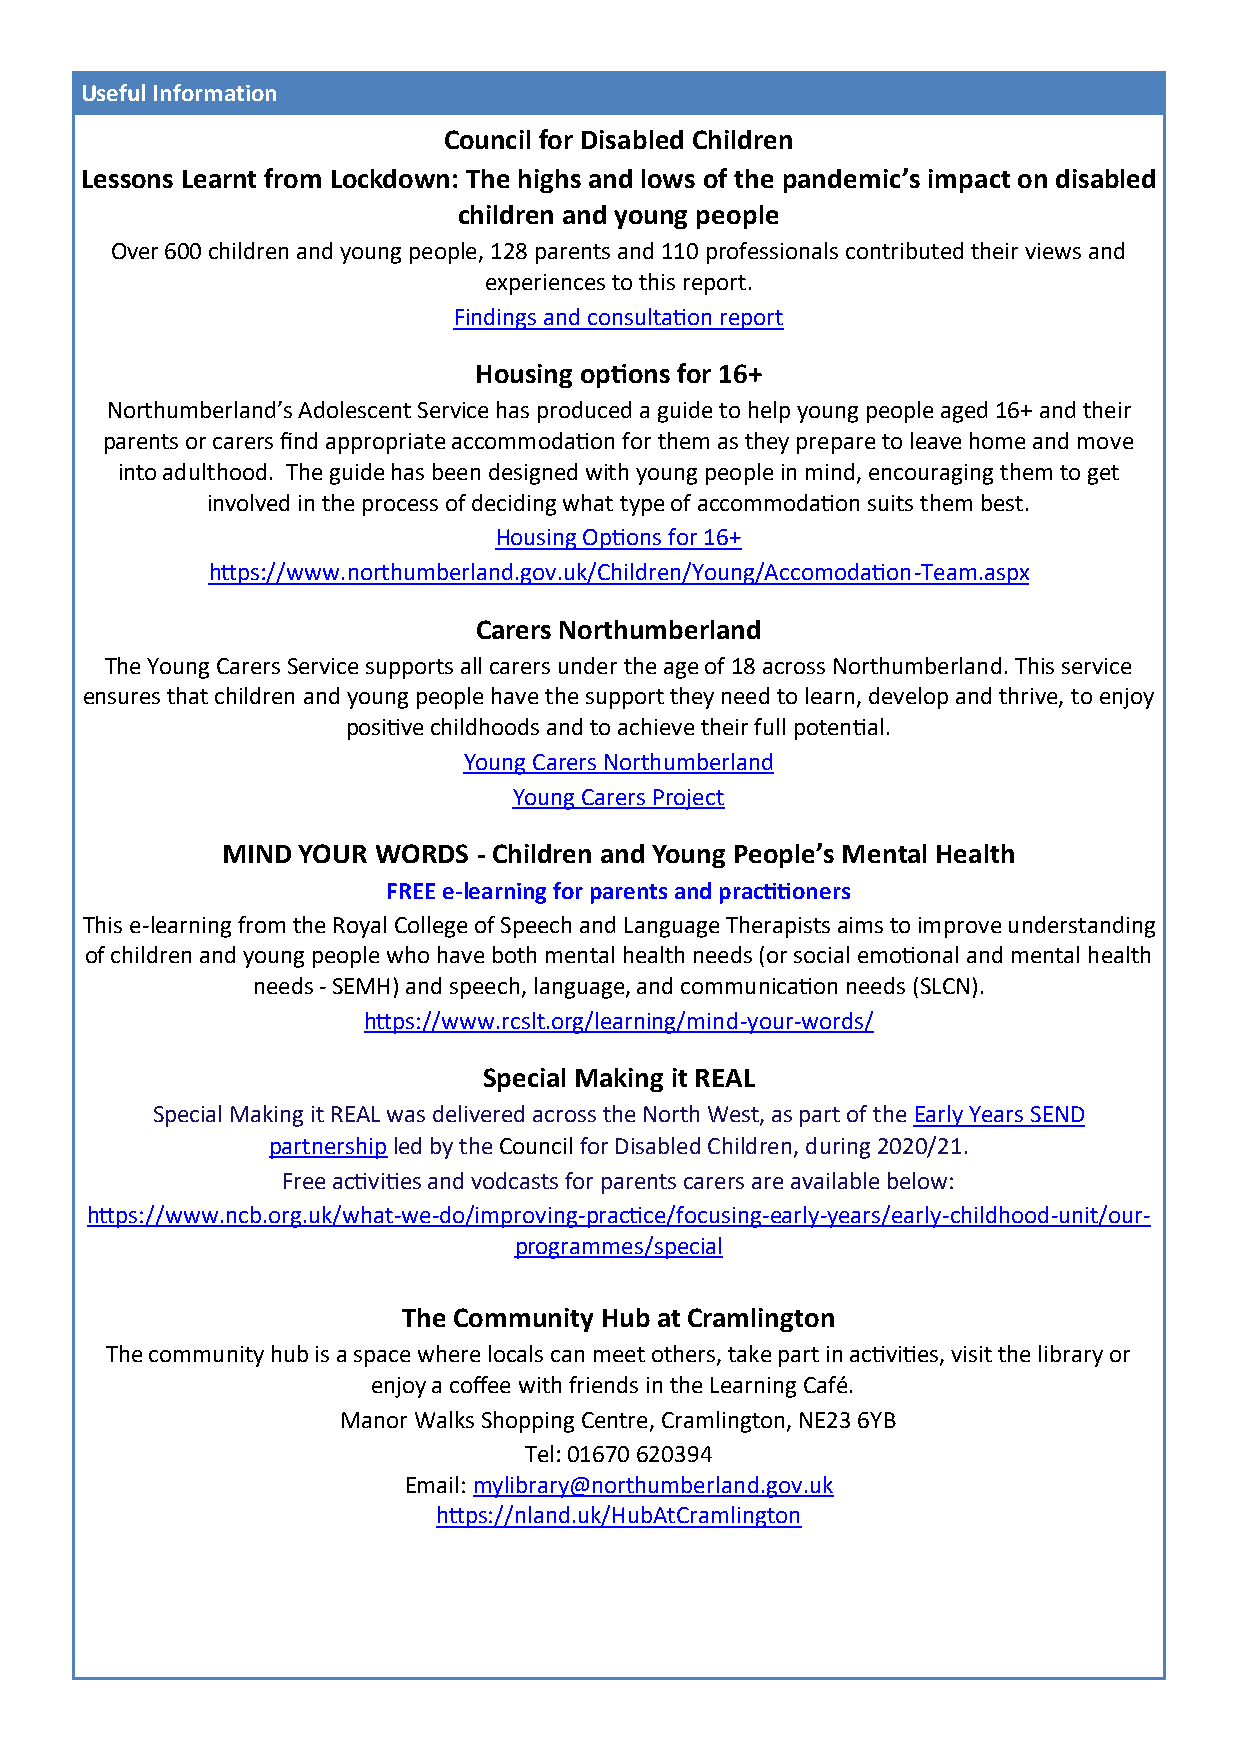
Useful Information
 Council for Disabled Children
 Lessons Learnt from Lockdown: The highs and lows of the pandemic’s impact on disabled
 children and young people
 Over 600 children and young people, 128 parents and 110 professionals contributed their views and
 experiences to this report.
 Findings and consultation report
 Housing options for 16+
 Northumberland’s Adolescent Service has produced a guide to help young people aged 16+ and their
 parents or carers find appropriate accommodation for them as they prepare to leave home and move
 into adulthood. The guide has been designed with young people in mind, encouraging them to get
 involved in the process of deciding what type of accommodation suits them best.
 Housing Options for 16+
 https://www.northumberland.gov.uk/Children/Young/Accomodation-Team.aspx
 Carers Northumberland
 The Young Carers Service supports all carers under the age of 18 across Northumberland. This service
 ensures that children and young people have the support they need to learn, develop and thrive, to enjoy
 positive childhoods and to achieve their full potential.
 Young Carers Northumberland
 Young Carers Project
 MIND YOUR WORDS  - Children and Young People’s Mental Health
 FREE e-learning for parents and practitioners
 This e-learning from the Royal College of Speech and Language Therapists aims to improve understanding
 of children and young people who have both mental health needs (or social emotional and mental health
 needs - SEMH) and speech, language, and communication needs (SLCN).
 https://www.rcslt.org/learning/mind-your-words/
 Special Making it REAL
 Special Making it REAL was delivered across the North West, as part of the Early Years SEND
 partnership led by the Council for Disabled Children, during 2020/21.
 Free activities and vodcasts for parents carers are available below:
 https://www.ncb.org.uk/what-we-do/improving-practice/focusing-early-years/early-childhood-unit/our-
 programmes/special
 The Community Hub at Cramlington
 The community hub is a space where locals can meet others, take part in activities, visit the library or
 enjoy a coffee with friends in the Learning Café.
 Manor Walks Shopping Centre, Cramlington, NE23 6YB
 Tel: 01670 620394
 Email: mylibrary@northumberland.gov.uk
 https://nland.uk/HubAtCramlington